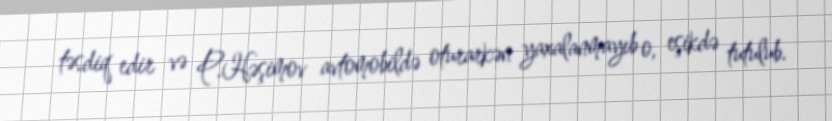
təsdiq edir və P.Həşimov avtomobildə oturarkən yaxalanmayıb o, eşikdə tutulub.